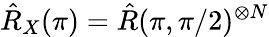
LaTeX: \hat{R}_{X}(\pi)=\hat{R}(\pi,\pi/2)^{\otimes N}